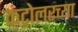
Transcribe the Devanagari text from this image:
कंट्रोलरच्या